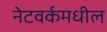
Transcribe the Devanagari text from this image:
नेटवर्कमधील